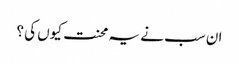
ان سب نے یہ محنت کیوں کی ؟